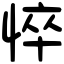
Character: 悴